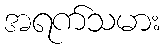
အရက်သမား